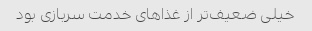
خیلی ضعیف‌تر از غذاهای خدمت سربازی بود